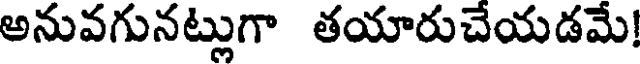
అనువగునట్లుగా తయారుచేయడమే!